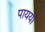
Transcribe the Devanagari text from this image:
पायया